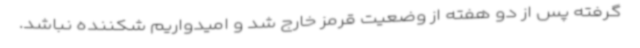
گرفته پس از دو هفته از وضعیت قرمز خارج شد و امیدواریم شکننده نباشد.